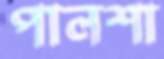
পালশা